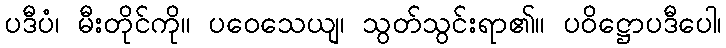
ပဒီပံ၊ မီးတိုင်ကို။ ပဝေသေယျ၊ သွတ်သွင်းရာ၏။ ပဝိဋ္ဌောပဒီပေါ၊